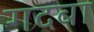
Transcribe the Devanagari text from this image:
गदबा